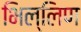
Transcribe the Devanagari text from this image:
भिल्लिण